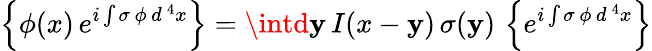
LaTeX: \left\{ \phi(x)\, e^{i\int\sigma\, \phi\, d^{\, 4}x}\right\} =\intd\mathbf{y}\, I(x-\mathbf{y})\, \sigma(\mathbf{y})\, \left\{ e^{i\int\sigma\, \phi\, d^{\, 4}x}\right\}